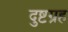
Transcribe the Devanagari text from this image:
दुष्टग्रह